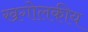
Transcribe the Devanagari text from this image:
खगोलकीय